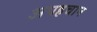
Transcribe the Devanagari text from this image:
अपहचान